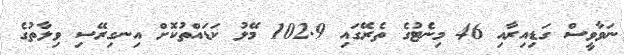
ނަވާވީސް ގަޑިއިރާއި 46 މިނެޓުގެ ތެރޭގައި 102.9 މޭލު ކަޑައްތުކޮށް އިނގިރޭސި ވިލާތުގެ